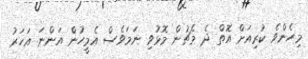
މިހެންވެ ކުރިއަށް އޮތް ދެ މެޗުން މޮޅުވި ނަމަވެސް އެމީހުން އަންނަ އަހަރު